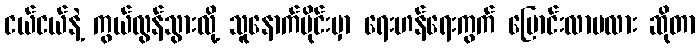
ငယ်ငယ်နဲ့ ကွယ်လွန်သွားလို့ သူနောက်ပိုင်းမှာ ရေးဟန်ရေးကွက် ပြောင်းလာမလား ဆိုတာ